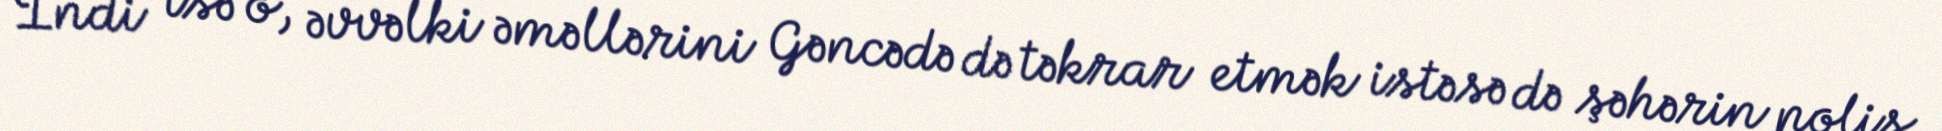
İndi isə o, əvvəlki əməllərini Gəncədə də təkrar etmək istəsə də şəhərin polis